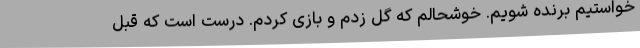
خواستیم برنده شویم. خوشحالم که گل زدم و بازی کردم. درست است که قبل